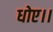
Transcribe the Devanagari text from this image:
धोए।।